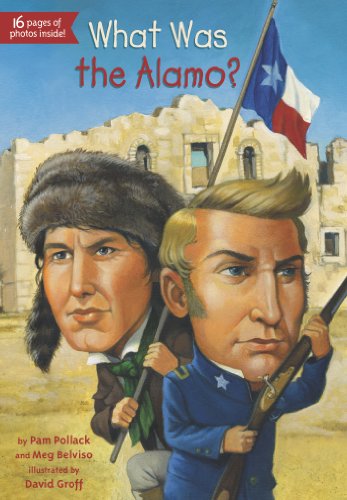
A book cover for What Was the Alamo?; Meg Belviso; Children's Books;